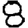
Digit: 8